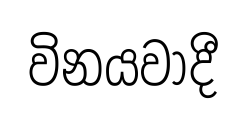
විනයවාදී